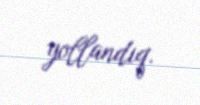
yollandıq.